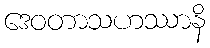
ဒေဝတာသဟဿာနိ